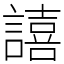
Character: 譆